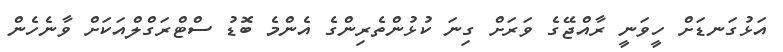
އަޅުގަނޑަށް ހީވަނީ ރާއްޖޭގެ ވަރަށް ގިނަ ކުޅުންތެރިންގެ އެންމެ ބޮޑު ސްޓްރަގްލްއަކަށް ވާނެހެން